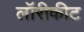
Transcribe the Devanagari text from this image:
लॉरीकीट